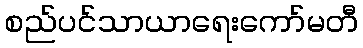
စည်ပင်သာယာရေးကော်မတီ